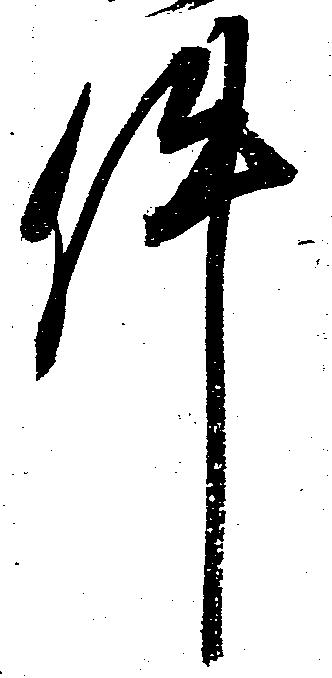
件